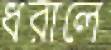
ধরালে